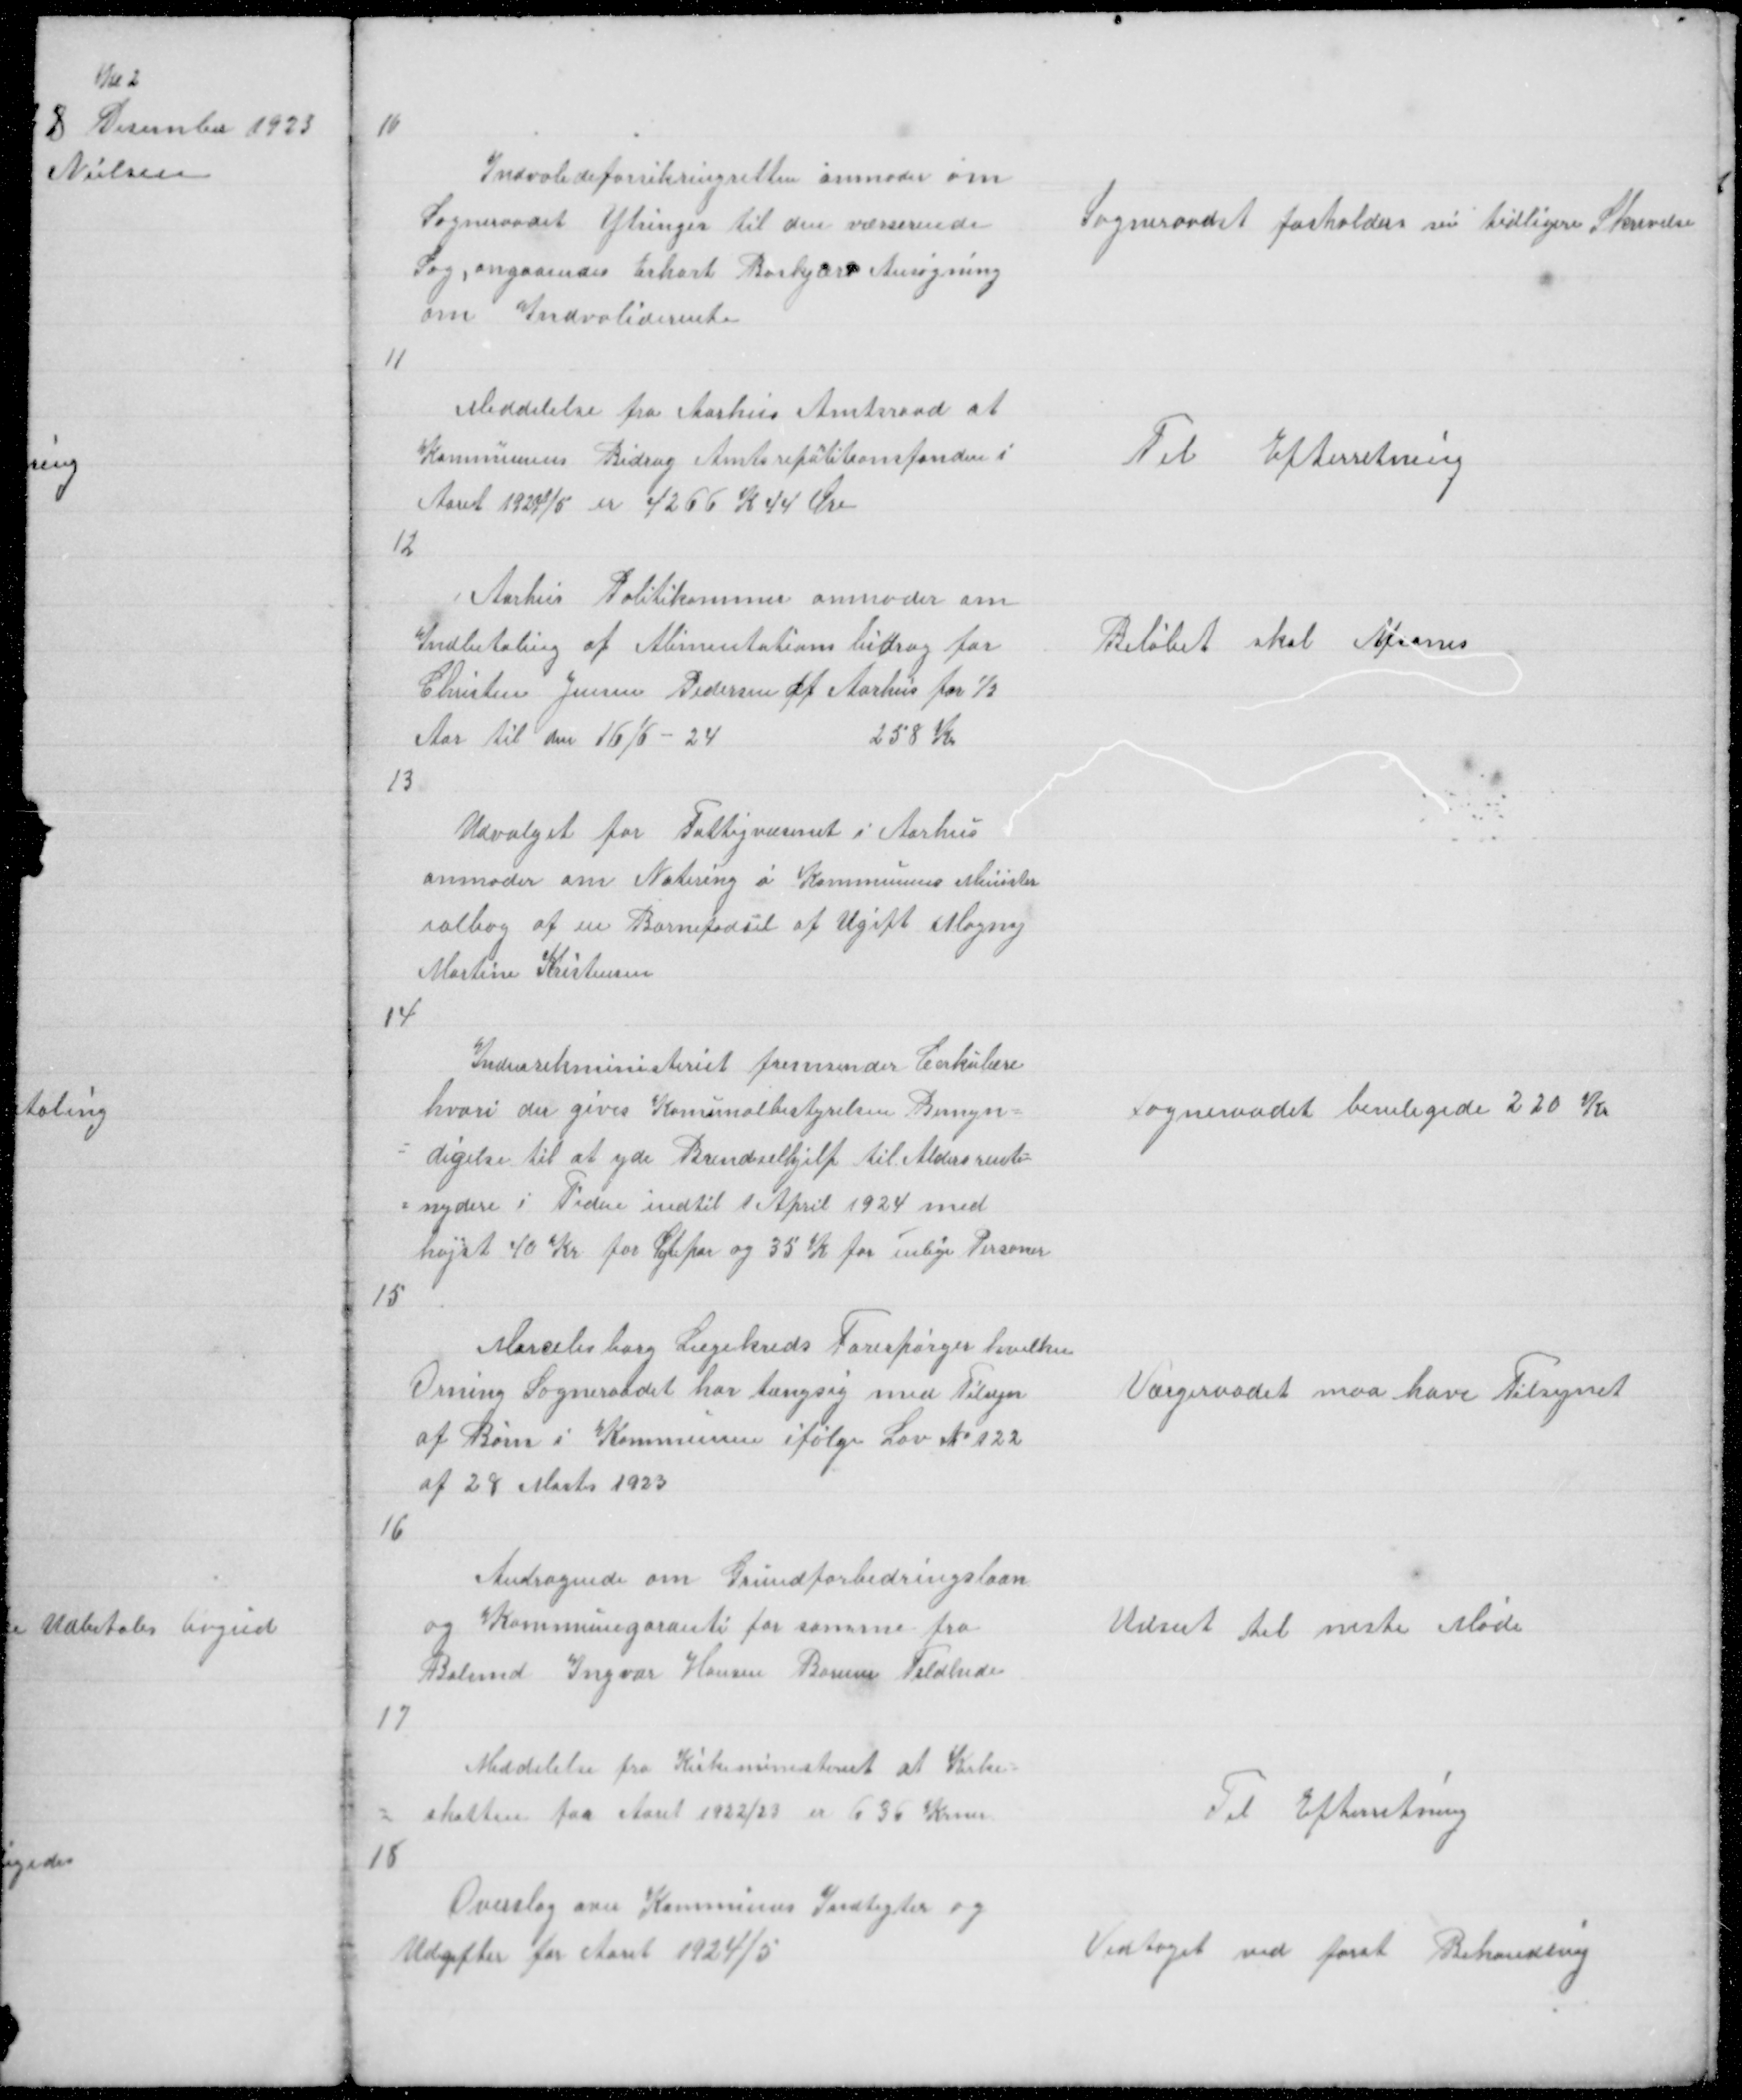
Transskription:
10

Indvalideforsikringsretten anmoder om
Sogneraadet Ytringer til den værserende
Sag, angaaendes Erhart Baskjærs Ansøgning
om Indvaliderente

Sogneraadet fasholders sin tidligere Skrivelse

11

Meddelelse fra Aarhus Amtsraad at
Kommunens Bidrag Amtsrepatitionsfonden i
Aaret 1924/5 er 4266 K 44 Øre

Til Efterretning

12

Aarhus Politikammer anmoder om
Indbetaling af Alimentations bidrag for
Christen Jensen Pedersen af Aarhus for ½
Aar til den 16/6 - 24
258 Kr

Beløbet skal Afsones

13

Udvalget for Fattigvæsenet i Aarhus
anmoder om Notering i Kommunens Minister
ialbog af en Barnefødsel af Ugift Magny
Martine Kristensen

14

Indenrikministeriet fremsender Cirkulære
hvori der gives Komunalbestyrelsen Bemyn =
= digelse til at yde Brendselshjelp til Aldersrente =
= nydere i Tiden indtil 1 April 1924 med
højst 40 Kr for Ægtepar og 35 K for enlige Personer

Sogneraadet beviligede 220 Kr

15

Marselisborg Lægekreds Forespørger hvilken
Orning Sogneraadet har tængsig med Tilsyn
af Børn i Kommunen ifølge Lov 122 № 122
af 28 Marts 1923

Værgeraadet maa have Tilsynet

16

Andragende om Grundforbedringslaan 
og Kommunegaranti for samme fra
Bolsmd Ingvar Hansen Borum Feldhede

Udsat til neste Møde

17

Meddelelse fra Kirkeministeriet at Kirke =
= skatten for Aaret 1922/23 er 636 Krner

Til Efterretning

18

Overslag over Kommunens Indtegter og
Udgifter for Aaret 1924/5

Vedtaget ved først Behandling